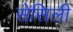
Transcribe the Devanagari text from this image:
सेसिली